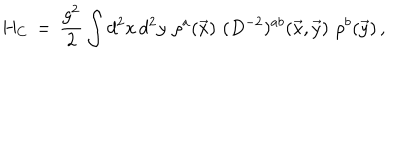
LaTeX: H _ { C } \, = \, \frac { g ^ { 2 } } { 2 } \int d ^ { 2 } x \, d ^ { 2 } y \, \, \rho ^ { a } ( \vec { x } ) \, \, ( D ^ { - 2 } ) ^ { a b } ( \vec { x } , \vec { y } ) \, \, \rho ^ { b } ( \vec { y } ) \, ,